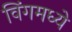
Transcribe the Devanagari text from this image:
विंगमध्ये